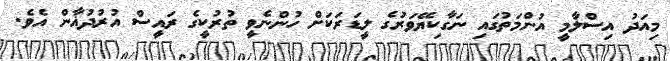
މިއަދު އިސްލާމީ އުންމަތުގައި ނަގާކިޔޭވަރުގެ ލީޑަރަކަށް ހުންނެވީ ތުރުކީގެ ރައީސް އުރުދުޣާން އެވެ.